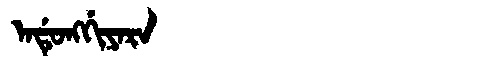
Manchu: ᠠᡩᡠᠩᡤᡳᠶᠠᡵᠠ
Romanization: ADUNGGIYARA